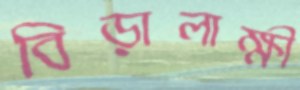
বিড়ালাক্ষী